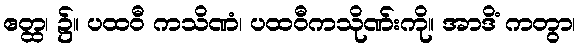
ဧတ္ထ၊ ၌။ ပထဝီ ကသိဏံ၊ ပထဝီကသိုဏ်းကို။ အာဒိံ ကတွာ၊